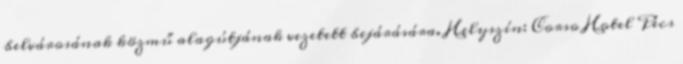
belvárosának közmű alagútjának vezetett bejárására. Helyszín: Corso Hotel Pécs